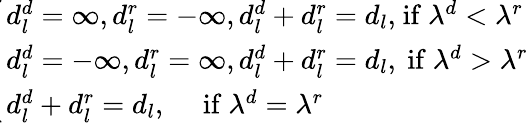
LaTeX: \begin{array}{r}{\! \! \! \! \left\{ \begin{array}{l}{d_{l}^{d}=\infty,d_{l}^{r}=-\infty,d_{l}^{d}+d_{l}^{r}=d_{l},\! \mathrm{~if~}\lambda^{d}<\lambda^{r}}\\ {d_{l}^{d}=-\infty,d_{l}^{r}=\infty,d_{l}^{d}+d_{l}^{r}=d_{l},\mathrm{~if~}\lambda^{d}>\lambda^{r}}\\ {d_{l}^{d}+d_{l}^{r}=d_{l},\quad\mathrm{~if~}\lambda^{d}=\lambda^{r}}\end{array}\right.}\end{array}